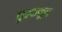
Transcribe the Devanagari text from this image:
कुरवाळून